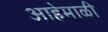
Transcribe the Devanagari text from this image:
आहेमाळी